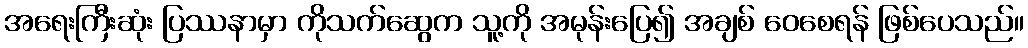
အရေးကြီးဆုံး ပြဿနာမှာ ကိုသက်ဆွေက သူ့ကို အမုန်းပြေ၍ အချစ် ဝေစေရန် ဖြစ်ပေသည်။